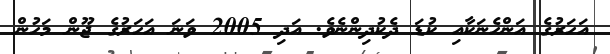
އަހަރުގެ އަންހެނަކާއި ކުޑަ ދެކުދިންނެވެ. އަދި 2005 ވަނަ އަހަރުގެ ޖޫން މަހުން